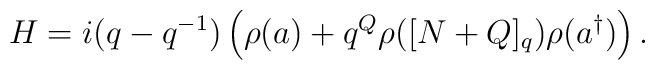
H =i(q-q^{-1})\left(     \rho( a)+q^{Q}\rho([N +Q]_q )\rho(a^{\dagger})      \right).